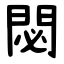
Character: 閟